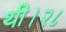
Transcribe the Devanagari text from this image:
थी।२८